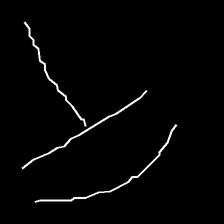
Glyph: dispersion